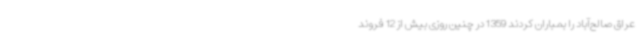
عراق صالح‌آباد را بمباران کردند 1359 در چنین روزی بیش از 12 فروند